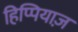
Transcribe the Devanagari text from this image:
हिप्पियाज़